King Institute of Preventive Medicine Bacteriolog. Section reports 1907-08
Year: 1907
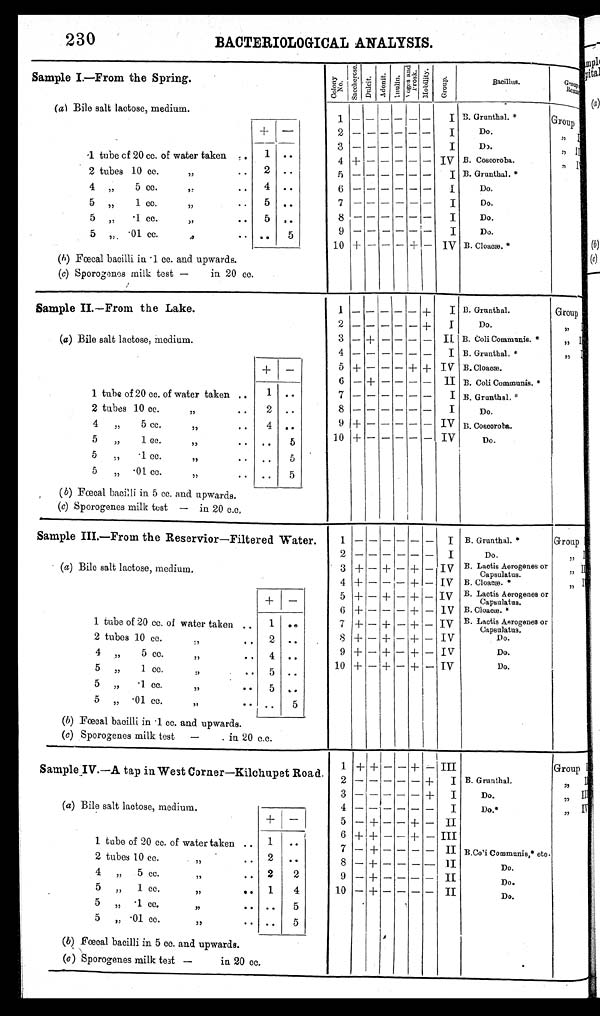
74230 BACTERIOLOGICAL ANALYSIS.
Sample I — F r o m t h e s p r i n g .
C o l o n y N o .
Saccher os e.
Dul ci t .
A d o n i t .
I n u l i n .
V o g e s a n d P r o s k .
M o b i l i t y .
G r o u p .
B a c i l l u s .
G r o u p a n d R e m a r k s .
1 _
-
-
I
-
B. Grunthal.*
(a) Bile salt lactose, medium.
Group I
2 _ -
-
I
Do.
,, II
3 _ -
-
I
D3.
, , I I I
1. tube cf 20 cc. of water taken ..
1 . .
4 + -—
- — — IV B. Coscoroba.
, , I V
2 tubes 10 cc.
,,
. .
2 . .
5
_ -
-
I B. Grunthal.*
4„
5 cc.
,:
. .
4 . .
6 _ -
-
Do.
5 „
1 cc.
,,
. .
5 . .
7 _ -
-
I
Do.
5 , , . 1 c c .
. .
5 . .
,,
,,
5 „. .01 cc.
,,
5
8
_
-—
-
I
Do.
Do.
B. Cloacæ.*
(b) Fœcal bacilli in . 1 cc. and upwards.
9 _ -
-
(c) Sporogenes milk test —
in 20 cc.
1 0
+ -
-
Sample II.—From the Lake.
1
_4_
I B. Grunthal.
Group I
2
-I-
I
Do.
, , I I
(a) Bile salt lactose, medium.
3 — + — -- - — IL B. Coli Communis. "
,, III
4
I B. Grunthal. *
, , I V
+ —
5 + — — — + + IV B. Cloacæ.
6 — + — — — — II B. Coll Communis. .
1 tube of 20 cc. of water taken ..
1
7
I B. Grunthal.
2 tubes 10 cc.
,,
. .
2 . .
4
5 cc.
4 ..
9
8
+
I
IV
Do.
B. Coscoroba.
„
,,
..
5
,,
1 Cc.
,,
. .
5
10 +
IV
Do.
5
„
.1 cc... ..
5
15
5
-01 cc.
.. ..
5
,,
(b) Fœcal bacilli in 5 cc. and upwards.
(c) Sporogenes milk test — in 20 c.c.
Sample III.—From the Reservior—Filtered Water.
1
I B. Grunthal. *
Group I
2
I
Do.
, , I I
(a) Bile salt lactose, mcdium.
3 + — + _ _ _ + — I V
B. Lactis Aerogenes or
Capsulatus.
, , I I I
4 + — — — + — IV B. Cloacæ. *
, , I V
5 + — + — + — iv B. Lactis Aerogenes or
+
—
Capsulatus.
0 4_ ___ — — + — I V
B. Cl oacæ. *
1 tube of 20 cc. of watcr taken . .
1 . .
7 + — + _ + — IV B. Lactis Aerogenes or
Capsulatus.
2 tubes 10 cc.,
..
1
. .
8 + — + — + — IV
Do.
4
5 cc.4
9
—
+— IV
Do.
, ,
.
. . .
10 + — + — + — IV
Do.
5 „
1 cc.
.. 5 . .
5 „
.1 cc.
,, .
.
5 ..
5 „ .01 cc... ..
(b) Fœcal bacilli in .1 cc. and upwards.
(c) Sporogenes milk test —
. in 20 c.c.
S a mp l e . I V . —A t a p i n We s t C o r n e r —K i l c h u p e t R o a d .
1
2
+ + — — + ,--
+
III
I B. Grunthal.
Group I
3
+
I
Do.
, , I I
(a) Bile salt lactose, medium.
4
I
D o . *
, , I I I
5
- -+— II
, , I V
6 ++ — — + — III
1. tube of 20 cc. of water taken .. 1
. .
7 — + — — — — II B.Coli Communis.* etc.
2 tubes 10 cc. .. 2
,,
.
.
8 — + — — — — I I
Do.
4
, , 5
c c .
, ,
. .
2 2
9 — + — — — — II
Do.
5 „
1 cc..
. 1
4
10 — + — — — — II
Do.
5 „ .1 cc.
,, .
.
. .
5
5 „ . 01 cc.
,,
. . . .
5
(b) Fœcal bacilli in 5 cc. and upwards.
(c) Sporogenes milk teat —
in 20 cc.